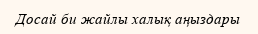
Досай би жайлы халық аңыздары